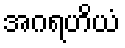
အဂရဟိယံ